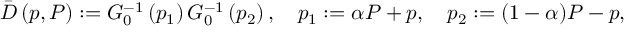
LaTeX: \bar { D } \left( p , P \right) : = G _ { 0 } ^ { - 1 } \left( p _ { 1 } \right) G _ { 0 } ^ { - 1 } \left( p _ { 2 } \right) , \quad p _ { 1 } : = \alpha P + p , \quad p _ { 2 } : = ( 1 - \alpha ) P - p ,